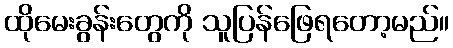
ထိုမေးခွန်းတွေကို သူပြန်ဖြေရတော့မည်။